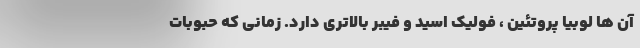
آن ها لوبیا پروتئین ، فولیک اسید و فیبر بالاتری دارد. زمانی که حبوبات